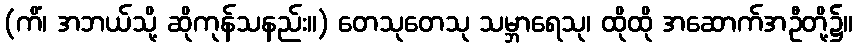
(ကိံ၊ အဘယ်သို့ ဆိုကုန်သနည်း။) တေသုတေသု သမ္ဘာရေသု၊ ထိုထို အဆောက်အဦတို့၌။